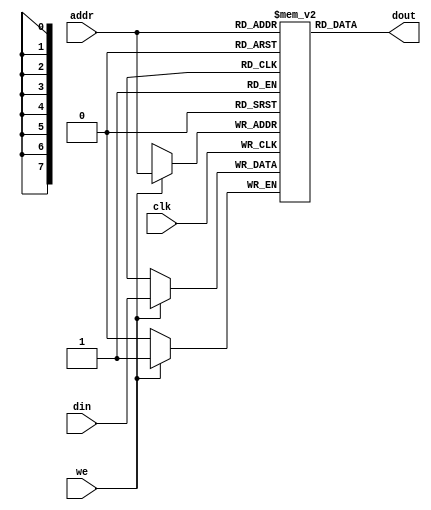
// Single port RAM with asynchronous read


module singlePort_ramAR #(parameter ADDR_WIDTH = 8, parameter DATA_WIDTH = 1)
(
	input clk, 
	input we,
	input  [ADDR_WIDTH-1:0]  addr, 
	input  [DATA_WIDTH-1:0]   din, 
	output [DATA_WIDTH-1:0]  dout
);

//ram
reg [DATA_WIDTH-1:0] ram [2**ADDR_WIDTH-1:0]; 
 
always @(posedge clk)
	if(we) 
		ram[addr] <= din; 

assign dout = ram[addr]; 

endmodule